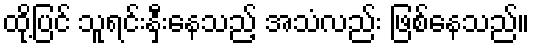
ထို့ပြင် သူရင်းနှီးနေသည့် အသံလည်း ဖြစ်နေသည်။